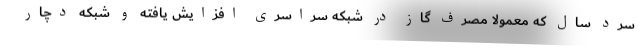
سرد سال که معمولاً مصرف گاز در شبکه سراسری افزایش یافته و شبکه دچار